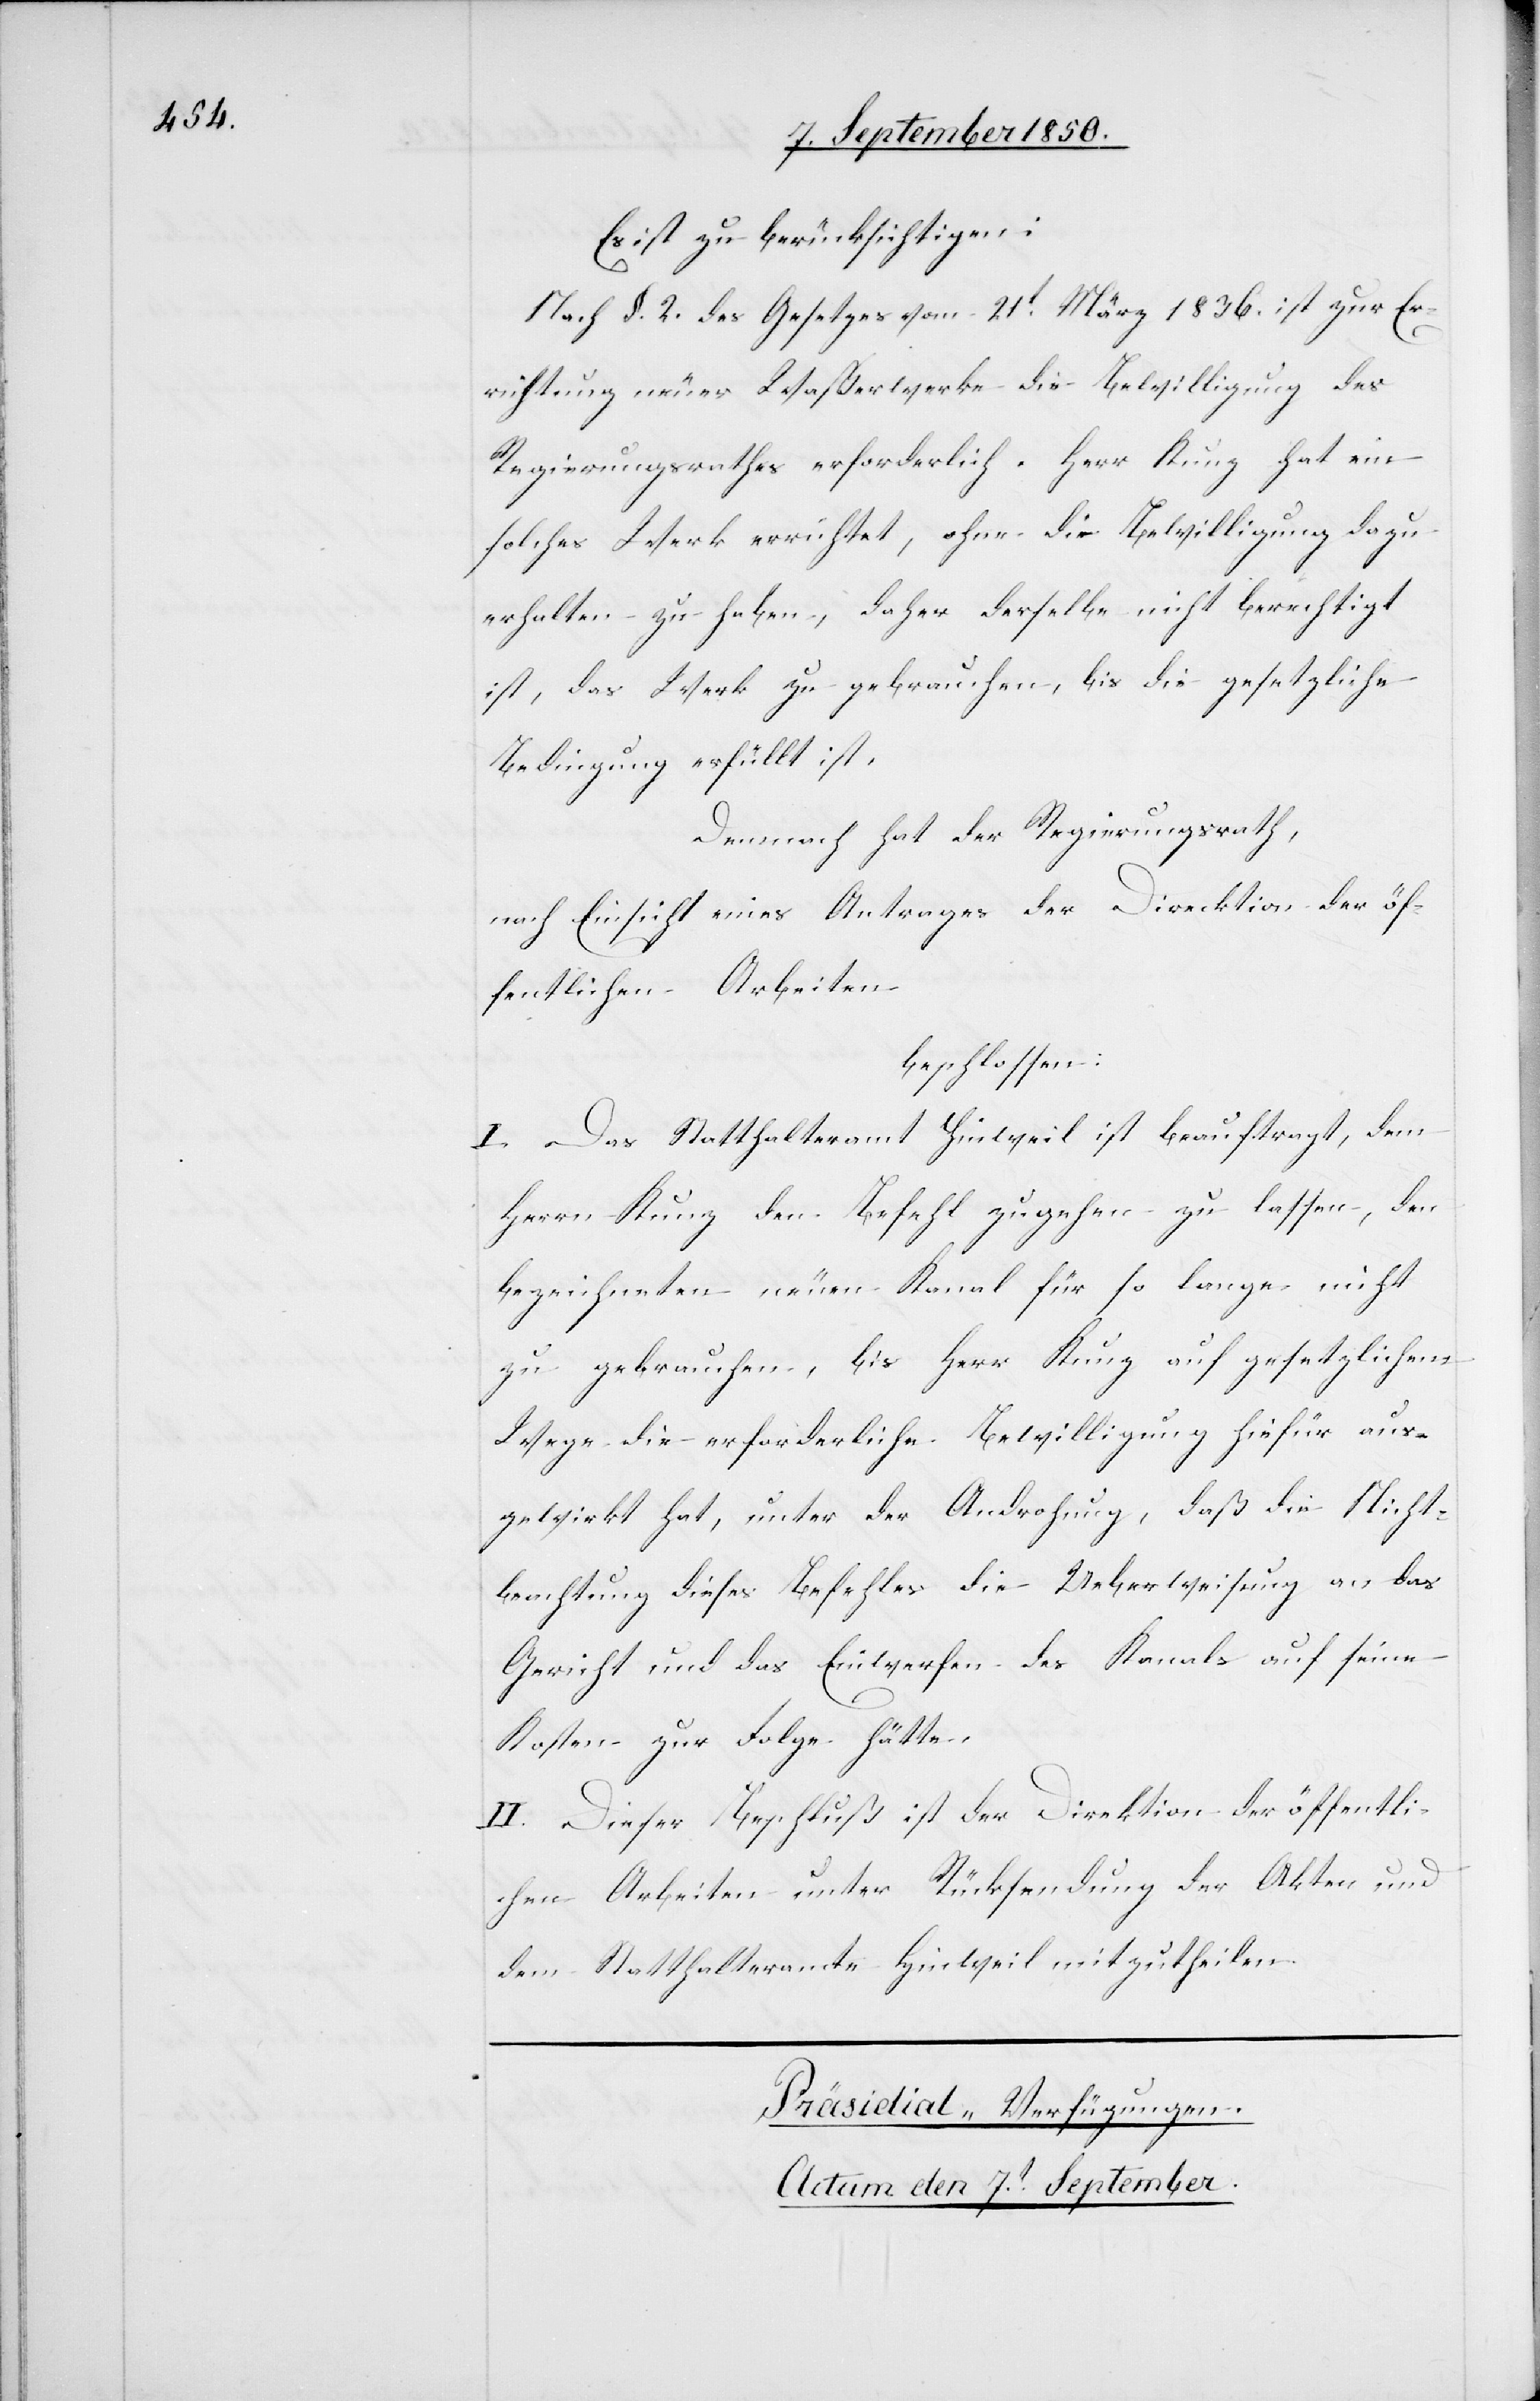
Es ist zu berücksichtigen:
Nach §. 2. des Gesetzes vom 21t März 1836. ist zur Er¬
richtung neuer Waßerwerke die Bewilligung des
Regierungsrathes erforderlich. Herr Kunz hat ein
solches Werk errichtet, ohne die Bewilligung dazu
erhalten zu haben, daher derselbe nicht berechtigt
ist, das Werk zu gebrauchen, bis die gesetzliche
Bedingung erfüllt ist.
Demnach hat der Regierungsrath,
nach Einsicht eines Antrages der Direktion der öf¬
fentlichen Arbeiten
beschlossen:
I. Das Statthalteramt Hinweil ist beauftragt, dem
Herrn Kunz den Befehl zugehen zu lassen, den
bezeichneten neuen Kanal für so lange nicht
zu gebrauchen, bis Herr Kunz auf gesetzlichem
Wege die erforderliche Bewilligung hiefür aus¬
gewirkt hat, unter der Androhung, daß die Nicht¬
beachtung dieses Befehles die Ueberweisung an das
Gericht und das Einwerfen des Kanals auf seine
Kosten zur Folge hätte.
II. Dieser Beschluß ist der Direktion der öffentli¬
chen Arbeiten unter Rücksendung der Akten und
dem Statthalteramte Hinweil mitzutheilen.
Präsidial-Verfügungen.
Actum den 7t September.